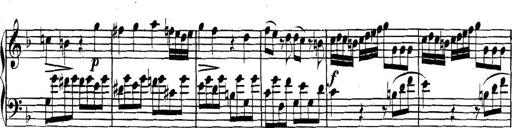
Title: Collected Piano Sonatas
Composer: Muzio Clementi